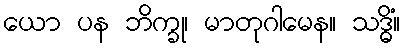
ယော ပန ဘိက္ခု၊ မာတုဂါမေန။ သဒ္ဓိံ။